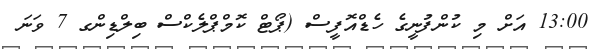
13:00 އަށް މި ކުންފުނީގެ ހެޑްއޮފީސް (ޕޯޓް ކޮމްޕްލެކްސް ބިލްޑިންގ 7 ވަނަ